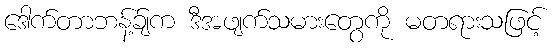
ဒေါက်တာဘန့်ခ်ျက ဒီအဖျက်သမားတွေကို မတရားသဖြင့်